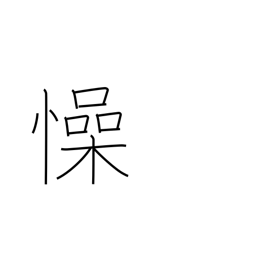
Meaning: unease